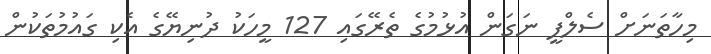
މިހާތަނަށް ސެލްފީ ނަގަން އުޅުމުގެ ތެރޭގައި 127 މީހަކު ދުނިޔޭގެ އެކި ގައުމުތަކުން